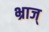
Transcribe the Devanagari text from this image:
भ्राज्